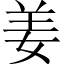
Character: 姜